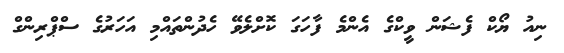
ނިއު ޔޯކް ފެޝަން ވީކްގެ އެންމެ ފާހަގަ ކޮށްލެވޭ ހެދުންތައްމި އަހަރުގެ ސްޕްރިންގް